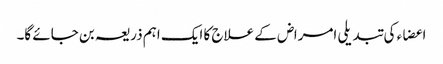
اعضاء کی تبدیلی امراض کے علاج کا ایک اہم ذریعہ بن جائے گا۔